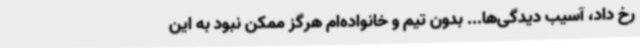
رخ داد، آسیب دیدگی‌ها... بدون تیم و خانواده‌ام هرگز ممکن نبود به این